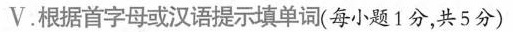
V. 根据首字母或汉语提示填单词(每小题1分,共5分)